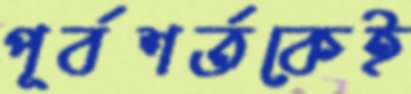
পূর্বশর্তকেই